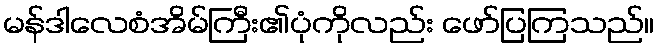
မန်ဒါလေစံအိမ်ကြီး၏ပုံကိုလည်း ဖော်ပြကြသည်။